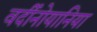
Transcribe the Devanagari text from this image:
वर्दीनोयानिया